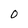
Character: O